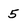
Character: 5